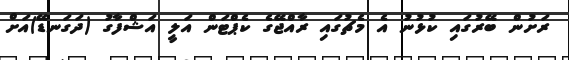
ރަށުން ބޭރުގައި ކުޅުނު އެ މެޗުގައި ރާއްޖޭގެ ކެޕްޓަން އަލީ އަޝްފާގު (ދަގަނޑޭ)އަށް